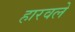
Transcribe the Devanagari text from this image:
हारवले